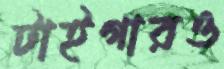
টাইগারও